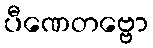
ပီဏေတဗ္ဗော